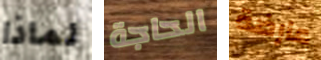
لماذا الحاجة عارضة